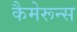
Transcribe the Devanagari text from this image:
कैमेरून्स